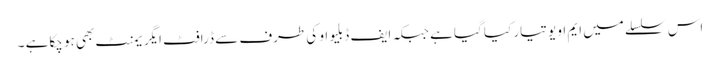
اس سلسلے میں ایم او یو تیار کیا گیا ہے جبکہ ایف ڈبلیو او کی طرف سے ڈرافٹ ایگر یمنٹ بھی ہو چکاہے ۔